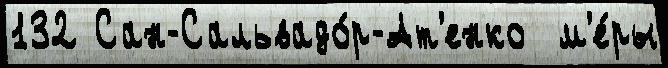
132 Сан-Сальвадо́р-Ат'енко  м'е́ры